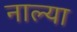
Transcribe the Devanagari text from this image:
नाल्या